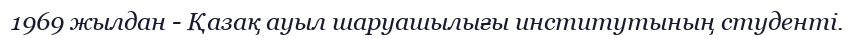
1969 жылдан - Қазақ ауыл шаруашылығы институтының студенті.